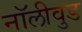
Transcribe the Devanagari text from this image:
नॉलीवुड